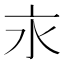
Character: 𣱵